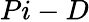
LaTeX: Pi-D